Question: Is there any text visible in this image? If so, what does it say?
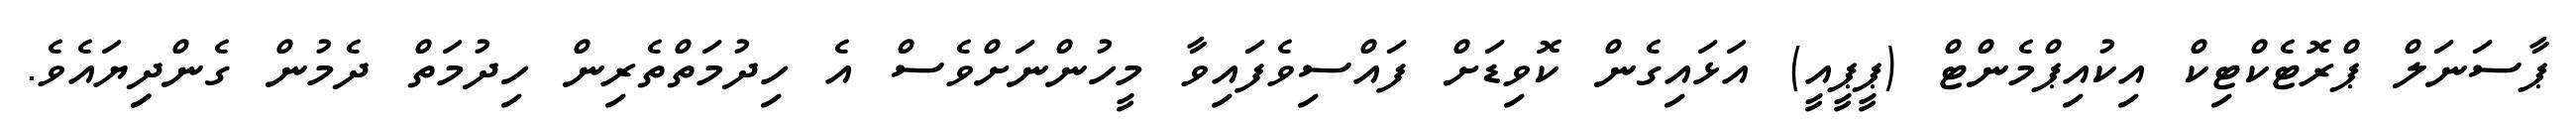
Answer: ޕާސަނަލް ޕްރޮޓެކްޓިކް އިކުއިޕްމެންޓް (ޕީޕީއީ) އަޅައިގެން ކޮވިޑަށް ފައްސިވެފައިވާ މީހުންނަށްވެސް އެ ހިދުމަތްތެރިން ހިދުމަތް ދެމުން ގެންދިިޔައެވެ.